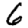
Digit: 6